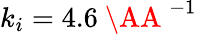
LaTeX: k_{i}=4.6\mathrm{~\AA~}^{-1}